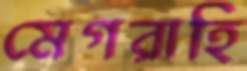
মেগরাহি